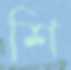
শি